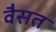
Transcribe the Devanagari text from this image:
वैसत